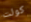
كولت